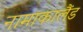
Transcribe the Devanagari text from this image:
नामाकालैंड